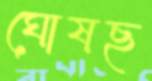
ঘোষছ